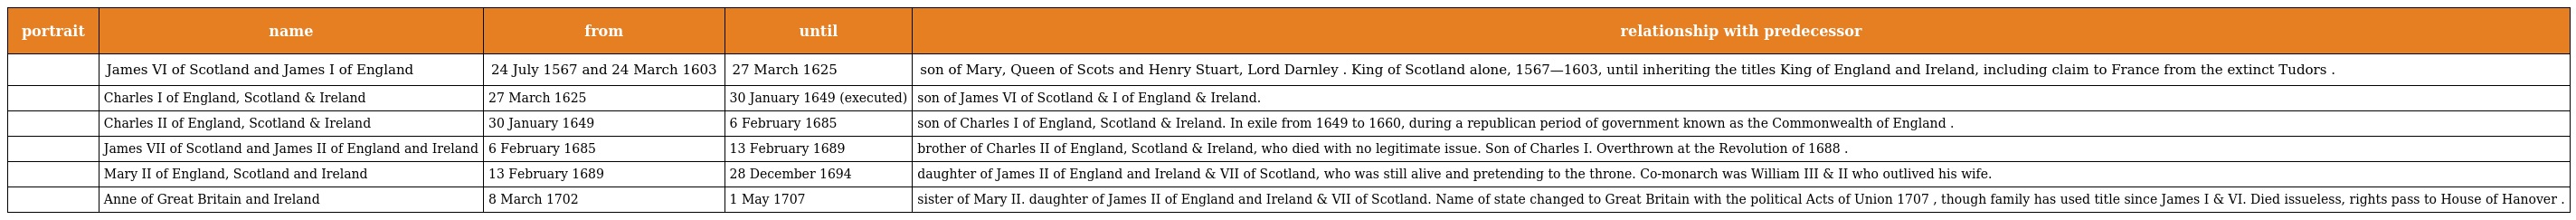
| portrait | name | from | until | relationship with predecessor |
 | --- | --- | --- | --- | --- |
 |  | James VI of Scotland and James I of England | 24 July 1567 and 24 March 1603 | 27 March 1625 | son of Mary, Queen of Scots and Henry Stuart, Lord Darnley . King of Scotland alone, 1567—1603, until inheriting the titles King of England and Ireland, including claim to France from the extinct Tudors . |
 |  | Charles I of England, Scotland & Ireland | 27 March 1625 | 30 January 1649 (executed) | son of James VI of Scotland & I of England & Ireland. |
 |  | Charles II of England, Scotland & Ireland | 30 January 1649 | 6 February 1685 | son of Charles I of England, Scotland & Ireland. In exile from 1649 to 1660, during a republican period of government known as the Commonwealth of England . |
 |  | James VII of Scotland and James II of England and Ireland | 6 February 1685 | 13 February 1689 | brother of Charles II of England, Scotland & Ireland, who died with no legitimate issue. Son of Charles I. Overthrown at the Revolution of 1688 . |
 |  | Mary II of England, Scotland and Ireland | 13 February 1689 | 28 December 1694 | daughter of James II of England and Ireland & VII of Scotland, who was still alive and pretending to the throne. Co-monarch was William III & II who outlived his wife. |
 |  | Anne of Great Britain and Ireland | 8 March 1702 | 1 May 1707 | sister of Mary II. daughter of James II of England and Ireland & VII of Scotland. Name of state changed to Great Britain with the political Acts of Union 1707 , though family has used title since James I & VI. Died issueless, rights pass to House of Hanover . |